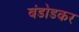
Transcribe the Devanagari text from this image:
बंडोडकर